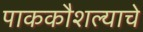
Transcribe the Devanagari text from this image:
पाककौशल्याचे